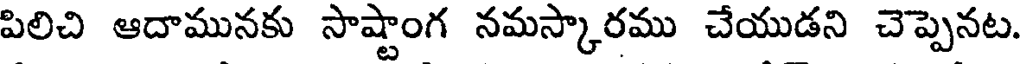
పిలిచి ఆదామునకు సాష్టాంగ నమస్కారము చేయుడని చెప్పెనట.